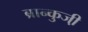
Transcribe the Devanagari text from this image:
ब्रान्कुजी़